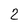
Character: 2